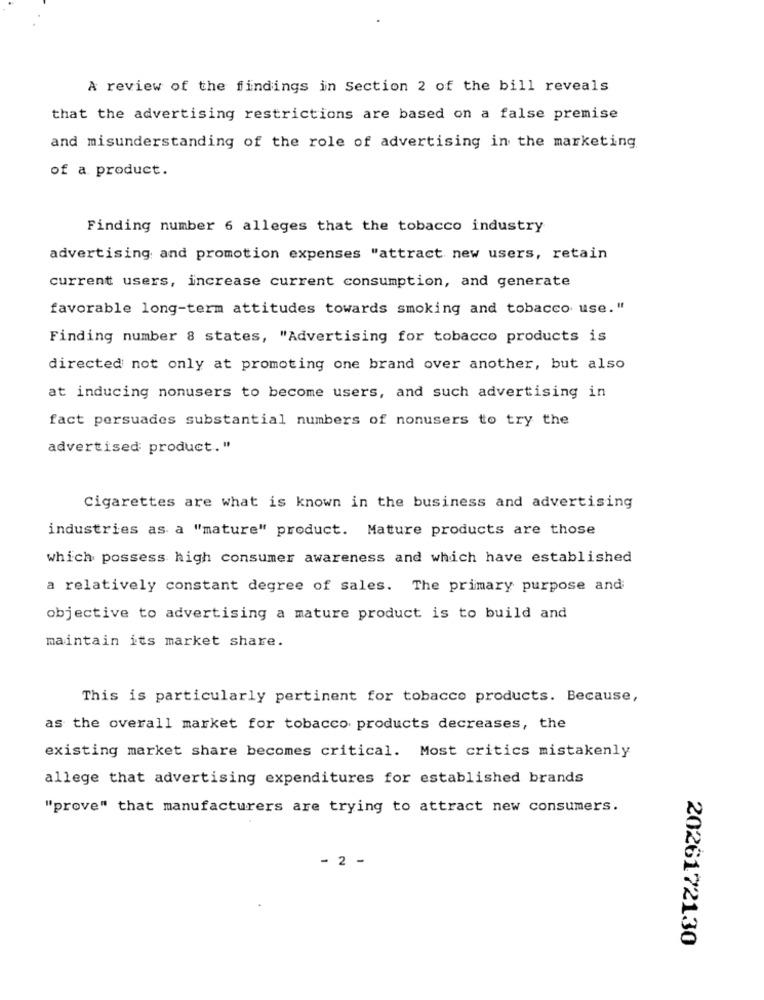
A review of the findings in Section 2 of the bill reveals
that the advertising restrictions are based on a false premise
and misunderstanding of the role of advertising in the marketing
of a product.
Finding number 6 alleges that the tobacco industry
advertising and promotion expenses "attract new users, retain
current users, increase current consumption, and generate
favorable long-term attitudes towards smoking and tobacco use."
Finding number 8 states, "Advertising for tobacco products is
directed not only at promoting one brand over another, but also
at inducing nonusers to become users, and such advertising in
fact persuades substantial numbers of nonusers to try the
advertised product."
Cigarettes are what is known in the business and advertising
industries as a "mature" product. Mature products are those
which possess high consumer awareness and which have established
a relatively constant degree of sales. The primary purpose and
objective to advertising a mature product is to build and
maintain its market share.
This is particularly pertinent for tobacco products. Because,
as the overall market for tobacco products decreases, the
existing market share becomes critical. Most critics mistakenly
allege that advertising expenditures for established brands
"prove" that manufacturers are trying to attract new consumers.
- 2 -
2026172130